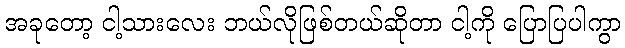
အခုတော့ ငါ့သားလေး ဘယ်လိုဖြစ်တယ်ဆိုတာ ငါ့ကို ပြောပြပါကွာ